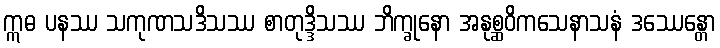
ဣဓ ပနဿ သကုဏသဒိသဿ စာတုဒ္ဒိသဿ ဘိက္ခုနော အနုစ္ဆဝိကသေနာသနံ ဒဿေန္တော